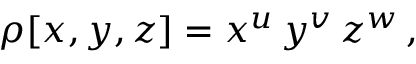
\rho [ x , y , z ] = x ^ { u } \, y ^ { v } \, z ^ { w } \, ,